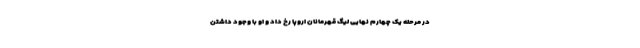
در مرحله یک چهارم نهایی لیگ قهرمانان اروپا رخ داد و او با وجود داشتن